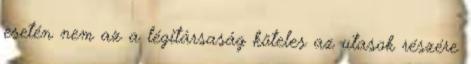
esetén nem az a légitársaság köteles az utasok részére